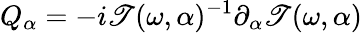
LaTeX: Q_{\alpha}=-i\mathscr{T}(\omega,\alpha)^{-1}\partial_{\alpha}\mathscr{T}(\omega,\alpha)